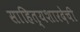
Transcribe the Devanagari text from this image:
साहित्यशारदेची